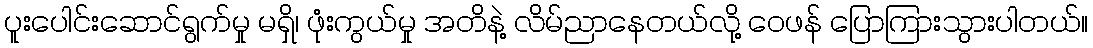
ပူးပေါင်းဆောင်ရွက်မှု မရှိ၊ ဖုံးကွယ်မှု အတိနဲ့ လိမ်ညာနေတယ်လို့ ဝေဖန် ပြောကြားသွားပါတယ်။